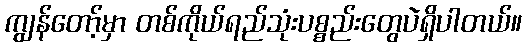
ကျွန်တော့်မှာ တစ်ကိုယ်ရည်သုံးပစ္စည်းတွေပဲရှိပါတယ်။